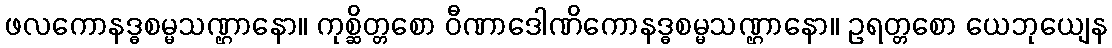
ဖလကောနဒ္ဓစမ္မသဏ္ဌာနော။ ကုစ္ဆိတ္တစော ဝီဏာဒေါဏိကောနဒ္ဓစမ္မသဏ္ဌာနော။ ဥရတ္တစော ယေဘုယျေန